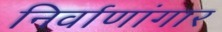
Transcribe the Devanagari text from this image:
निर्वाणांगार